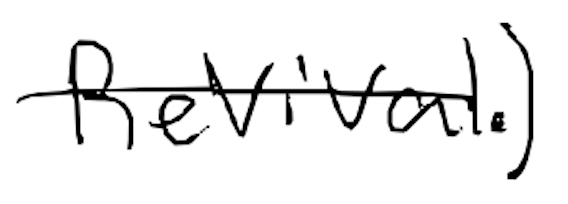
Text: Revival.)
Cross-out: single-line
Writing tool: digital_black